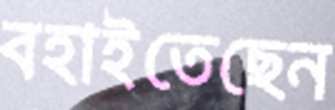
বহাইতেছেন